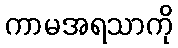
ကာမအရသာကို